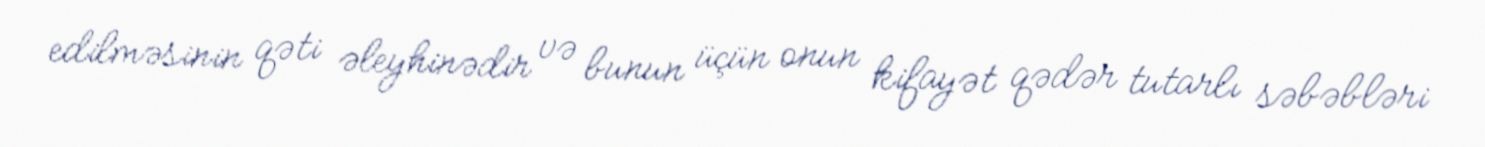
edilməsinin qəti əleyhinədir və bunun üçün onun kifayət qədər tutarlı səbəbləri